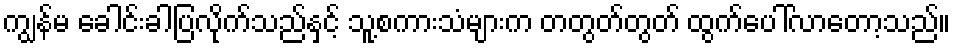
ကျွန်မ ခေါင်းခါပြလိုက်သည်နှင့် သူ့စကားသံများက တတွတ်တွတ် ထွက်ပေါ်လာတော့သည်။